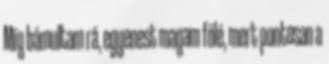
Míg bámultam rá, egyenest magam fölé, mert pontosan a